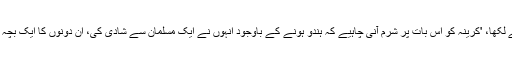
کرینہ کی اس تصویر پر ایک انتہا پسند ہندو ٹوئٹر صارف ہرش وردھن نے لکھا، 'کرینہ کو اس بات پر شرم آنی چاہیے کہ ہندو ہونے کے باوجود انہوں نے ایک مسلمان سے شادی کی، ان دونوں کا ایک بچہ بھی ہے، جس کا نام ایک جابر مسلم بادشاہ کے نام پر تیمور رکھا گیا ہے۔